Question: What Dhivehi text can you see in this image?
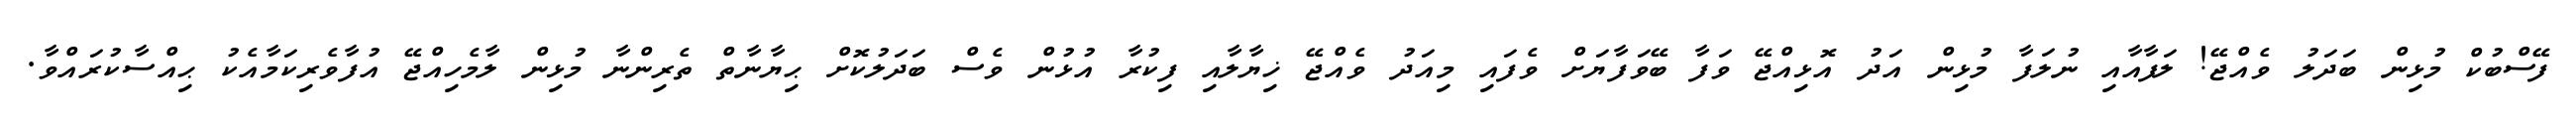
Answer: ފޭސްބުކް މުޅިން ބަދަލު ވެއްޖޭ! ލަފާއާއި ނުލަފާ މުޅިން އަދު އޮޅިއްޖޭ ވަފާ ބޭވަފާޔަށް ވެފައި މިއަދު ވެއްޖޭ ޚިޔާލާއި ފިކުރާ އުޅުން ވެސް ބަދަލުކޮށް ޙިޔާނާތް ތެރިންނާ މުޅިން ލާމެހިއްޖޭ އުފާވެރިކަމާއެކު ޙިއްސާކުރައްވާ.